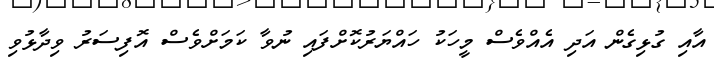
އާއި ގުޅިގެން އަދި އެއްވެސް މީހަކު ހައްޔަރުކޮށްފައި ނުވާ ކަމަށްވެސް އޮފިސަރު ވިދާޅުވި